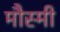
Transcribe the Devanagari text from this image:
मौस्मी